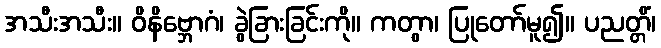
အသီးအသီး။ ဝိနိဗ္ဘောဂံ၊ ခွဲခြားခြင်းကို။ ကတွာ၊ ပြုတော်မူ၍။ ပညတ္တိံ၊